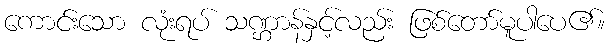
ကောင်းသော လုံးရပ် သဏ္ဌာန်နှင့်လည်း ဖြစ်တော်မူပါပေ၏။